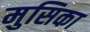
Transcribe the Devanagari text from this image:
मुसिका